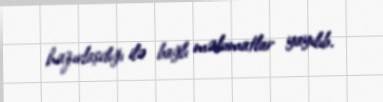
hazırlaşdığı ilə bağlı məlumatlar yayılıb.